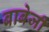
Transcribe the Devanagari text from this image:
बाबेजी